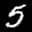
Label: 5